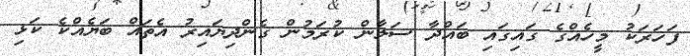
ފަހަރަކު މީހެއްގެ ގައިގައި ބައްދާ ސަލާން ކުރަމުން ގެންދިޔައިރު އެތައް ބަޔެއްކެ ކަޅި